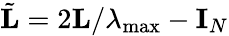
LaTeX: \tilde{\mathbf{L}}=2\mathbf L/\lambda_{\operatorname*{max}}-\mathbf I_{N}